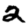
Digit: 2